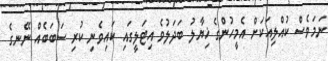
ނަމަވެސް ކުއްލިއަކަށް އެމީހުންގެ ޚިޔާލު ބަދަލުވެ އިޓަލީގައި ކައިވެނި ކުރި ސަބަބެއް ނޭނގެ